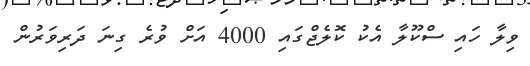
ވިލާ ހައި ސްކޫލާ އެކު ކޮލެޖްގައި 4000 އަށް ވުރެ ގިނަ ދަރިވަރުން